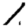
Digit: 1